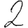
Digit: 2